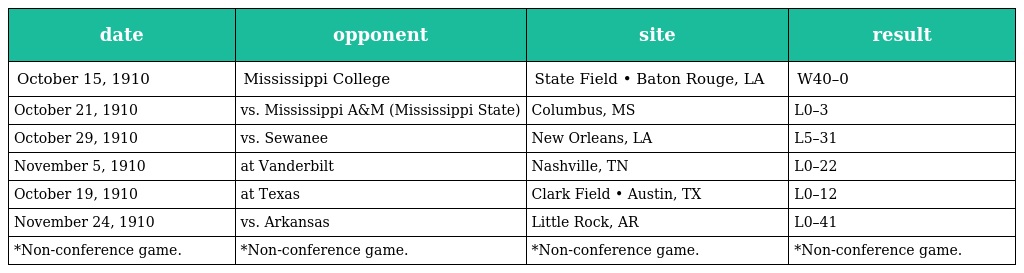
| date | opponent | site | result |
 | --- | --- | --- | --- |
 | October 15, 1910 | Mississippi College | State Field • Baton Rouge, LA | W40–0 |
 | October 21, 1910 | vs. Mississippi A&M (Mississippi State) | Columbus, MS | L0–3 |
 | October 29, 1910 | vs. Sewanee | New Orleans, LA | L5–31 |
 | November 5, 1910 | at Vanderbilt | Nashville, TN | L0–22 |
 | October 19, 1910 | at Texas | Clark Field • Austin, TX | L0–12 |
 | November 24, 1910 | vs. Arkansas | Little Rock, AR | L0–41 |
 | *Non-conference game. | *Non-conference game. | *Non-conference game. | *Non-conference game. |